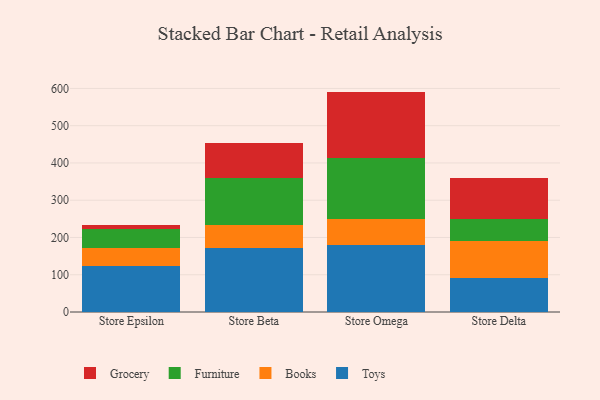
{"axis": {"x": "Store", "y": "Satisfaction Score"}, "legend": ["Books", "Furniture", "Grocery", "Toys"], "data": [{"x": "Store Epsilon", "y": 123.2, "type": "Toys"}, {"x": "Store Epsilon", "y": 49.1, "type": "Books"}, {"x": "Store Epsilon", "y": 51.7, "type": "Furniture"}, {"x": "Store Epsilon", "y": 9.7, "type": "Grocery"}, {"x": "Store Beta", "y": 171.0, "type": "Toys"}, {"x": "Store Beta", "y": 61.7, "type": "Books"}, {"x": "Store Beta", "y": 125.9, "type": "Furniture"}, {"x": "Store Beta", "y": 96.3, "type": "Grocery"}, {"x": "Store Omega", "y": 179.2, "type": "Toys"}, {"x": "Store Omega", "y": 71.5, "type": "Books"}, {"x": "Store Omega", "y": 162.3, "type": "Furniture"}, {"x": "Store Omega", "y": 178.5, "type": "Grocery"}, {"x": "Store Delta", "y": 92.6, "type": "Toys"}, {"x": "Store Delta", "y": 98.3, "type": "Books"}, {"x": "Store Delta", "y": 59.7, "type": "Furniture"}, {"x": "Store Delta", "y": 109.9, "type": "Grocery"}]}